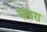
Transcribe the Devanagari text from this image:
भांगरा